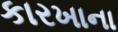
કારખાના